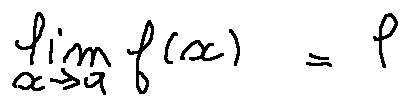
\lim \limits _ { x \rightarrow a } f ( x ) = l